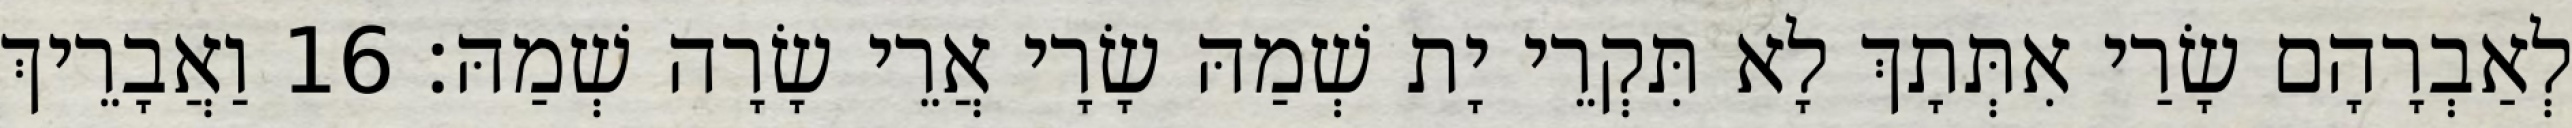
לְאַבְרָהָם שָׂרַי אִתְּתָךְ לָא תִּקְרֵי יָת שְׁמַהּ שָׂרָי אֲרֵי שָׂרָה שְׁמַהּ׃ 16 וַאֲבָרֵיךְ